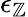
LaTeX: \epsilon_{\mathbb{Z}}